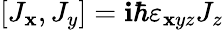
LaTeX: [J_{\mathbf{x}},J_{y}]=\mathbf{i}\hbar\varepsilon_{\mathbf{x}yz}J_{z}